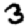
Digit: 3